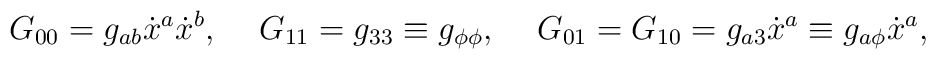
G_{00}=g_{ab}\dot{x}^a\dot{x}^b,\hspace*{5 mm}G_{11}=g_{33}\equiv g_{\phi\phi},\hspace*{5 mm}G_{01}=G_{10}=g_{a3}\dot{x}^a\equiv g_{a\phi}\dot{x}^a,